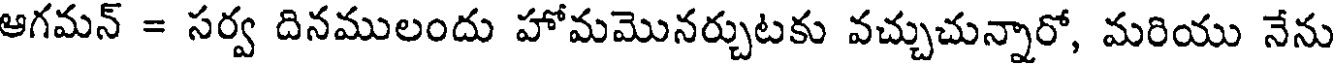
ఆగమన్ = సర్వ దినములందు హోమమొనర్చుటకు వచ్చుచున్నారో, మరియు నేను